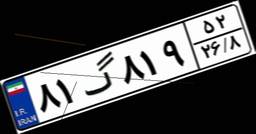
۸۱گ۸۱۹۵۲